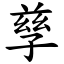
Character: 孳